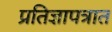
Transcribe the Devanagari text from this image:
प्रतिज्ञापत्रात